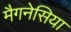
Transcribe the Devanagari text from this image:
मैगनेसिया